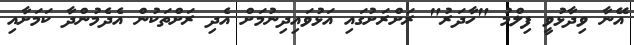
އޭނާ ވިދާޅުވީ ފިލްމު "ހާދަރު" ރަށްރަށުގައި އަޅުވައިދިނުމަށް އެދި ރަށްތަކުން އެދެމުންދާ ކަމަށާއި